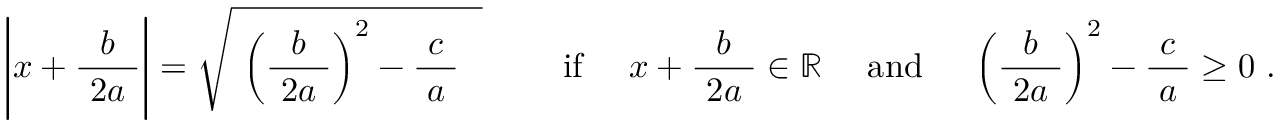
\ { \Biggl | } x + { \frac { b } { \ 2 a \ } } { \Biggr | } = { \sqrt { \ \left( { \frac { b } { \ 2 a \ } } \right) ^ { 2 } - { \frac { \ c \ } { a } } ~ ~ } } \qquad \mathrm { ~ i f ~ } \quad x + { \frac { b } { \ 2 a \ } } \in \mathbb { R } \quad \mathrm { ~ a n d ~ } \quad \left( { \frac { b } { \ 2 a \ } } \right) ^ { 2 } - { \frac { \ c \ } { a } } \geq 0 ~ .